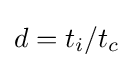
d=t_{i}/t_{c}